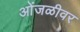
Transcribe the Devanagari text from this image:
ओंजळीवर